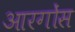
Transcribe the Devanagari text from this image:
आरगोंस